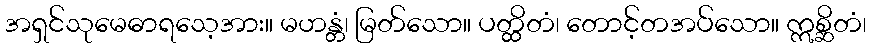
အရှင်သုမေဓာရသေ့အား။ မဟန္တံ၊ မြတ်သော။ ပတ္ထိတံ၊ တောင့်တအပ်သော။ ဣစ္ဆိတံ၊